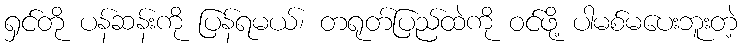
ရှင်တို ပန်ဆန်းကို ပြန်ရမယ်၊ တရုတ်ပြည်ထဲကို ဝင်ဖို့ ပါမစ်မပေးဘူးတဲ့